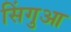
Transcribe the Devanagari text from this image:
सिंगुआ